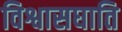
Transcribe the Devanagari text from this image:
विश्वासघाति